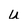
Character: u